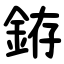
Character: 銌